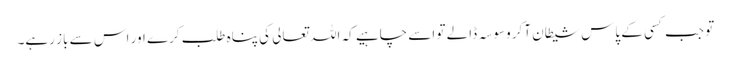
تو جب کسی کے پاس شیطان آکر وسوسہ ڈالے تو اسے چاہیے کہ اللہ تعالی کی پناہ طلب کرے اور اس سے باز رہے۔